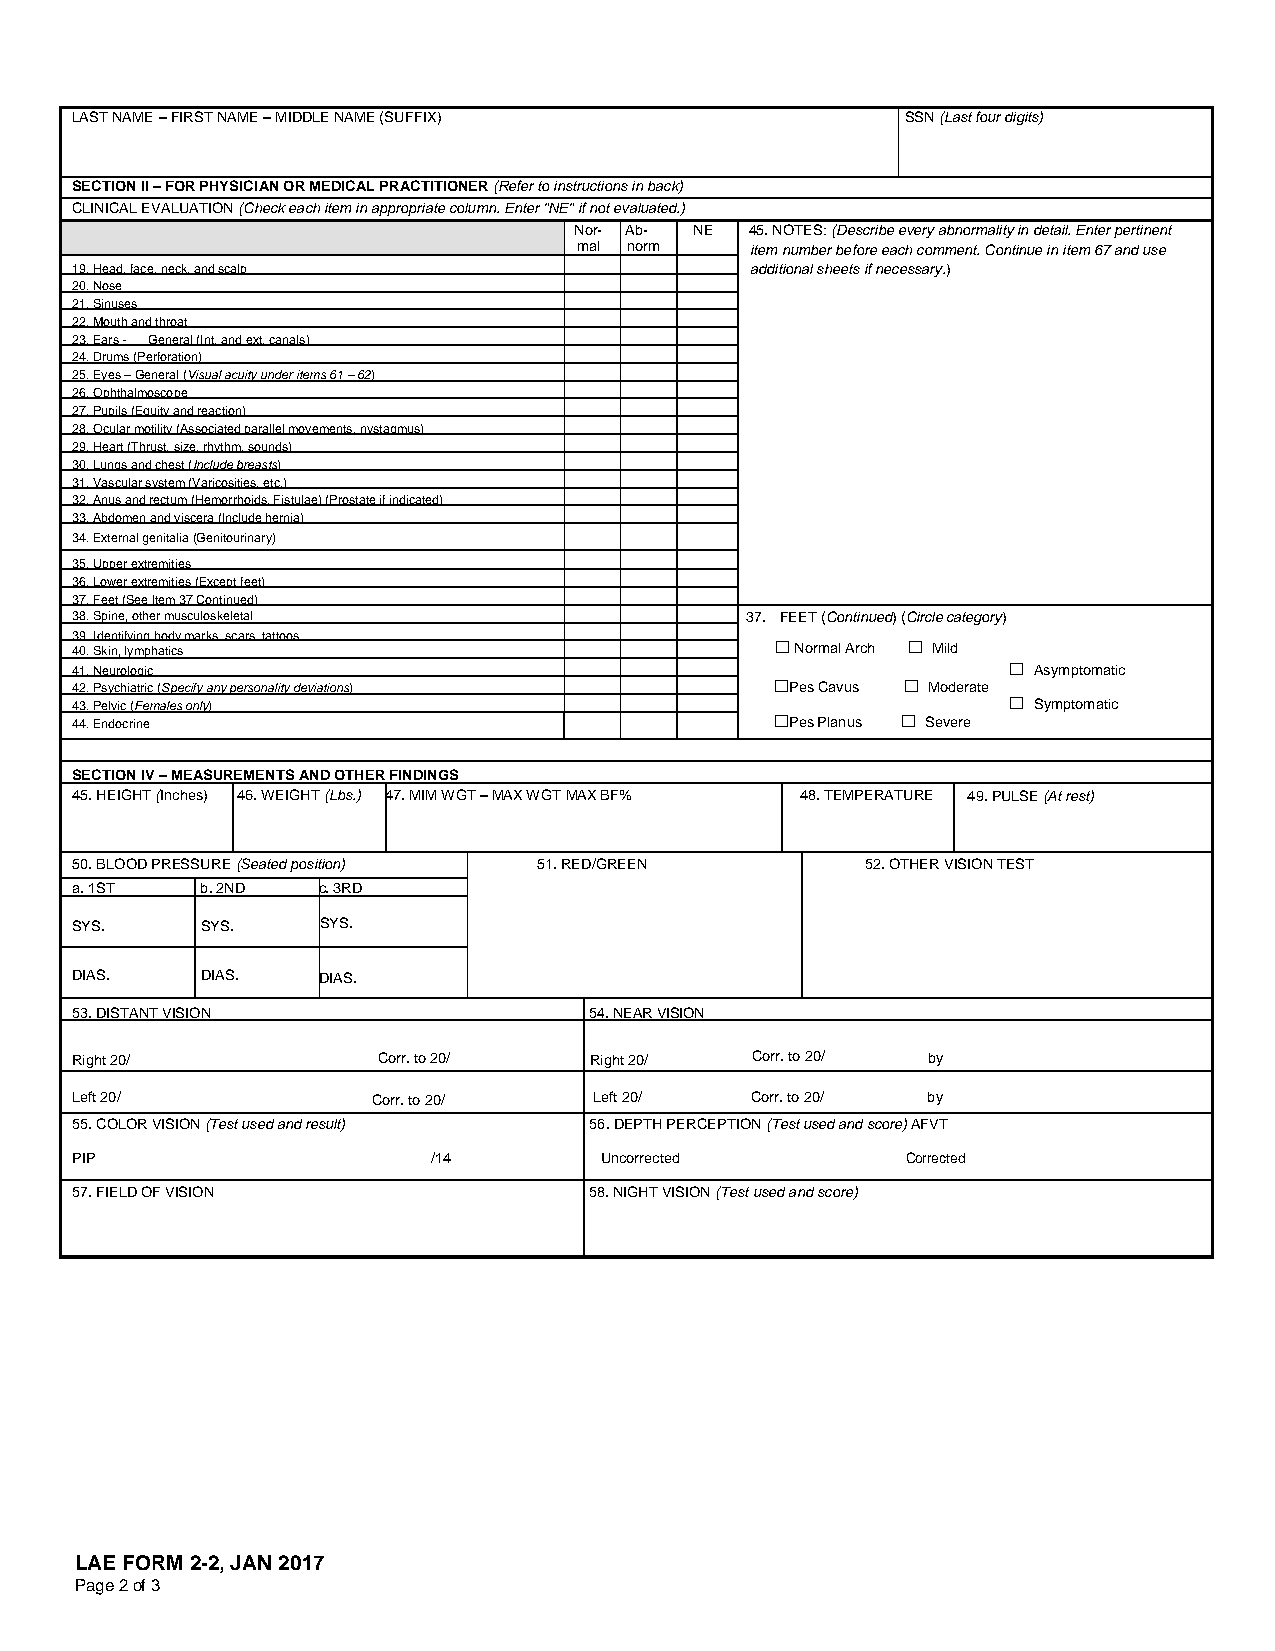
LAST NAME – FIRST NAME – MIDDLE NAME (SUFFIX)          SSN (Last four digits)
 SECTION II – FOR PHYSICIAN OR MEDICAL PRACTITIONER (Refer to instructions in back)
 CLINICAL EVALUATION (Check each item in appropriate column. Enter "NE" if not evaluated.)
 Nor- Ab- NE 45. NOTES: (Describe every abnormality in detail. Enter pertinent
 mal norm    item number before each comment. Continue in item 67 and use
 19. Head, face, neck, and scalp              additional sheets if necessary.)
 20. Nose
 21. Sinuses
 22. Mouth and throat
 23. Ears - General (Int. and ext. canals)
 24. Drums (Perforation)
 25. Eyes – General (Visual acuity under items 61 – 62)
 26.Ophthalmoscope
 27. Pupils (Equity and reaction)
 28. Ocular motility (Associated parallel movements, nystagmus)
 29. Heart (Thrust, size, rhythm, sounds)
 30. Lungs and chest (Include breasts)
 31. Vascular system (Varicosities, etc.)
 32.Anus and rectum (Hemorrhoids, Fistulae) (Prostate if indicated)
 33. Abdomen and viscera (Include hernia)
 34. External genitalia (Genitourinary)
 35. Upper extremities
 36. Lower extremities (Except feet)
 37. Feet (See Item 37 Continued)
 38. Spine, other musculoskeletal            37. FEET (Continued) (Circle category)
 39. Identifying body marks, scars, tattoos
 40. Skin, lymphatics                           Normal Arch  Mild
 41. Neurologic                                                 Asymptomatic
 42. Psychiatric (Specify any personality deviations) Pes Cavus  Moderate
 43.Pelvic (Females only)                                       Symptomatic
 44. Endocrine                                 Pes Planus  Severe
 SECTION IV – MEASUREMENTS AND OTHER FINDINGS
 45. HEIGHT (Inches) 46. WEIGHT (Lbs.) 47. MIM WGT – MAX WGT MAX BF% 48. TEMPERATURE 49. PULSE (At rest)
 50. BLOOD PRESSURE (Seated position) 51. RED/GREEN  52. OTHER VISION TEST
 a. 1ST  b. 2ND  c. 3RD
 SYS.    SYS.    SYS.
 DIAS.   DIAS.   DIAS.
 53. DISTANT VISION                54. NEAR VISION
 Right 20/           Corr. to 20/  Right 20/  Corr. to 20/ by
 Left 20/            Corr. to 20/  Left 20/   Corr. to 20/ by
 55. COLOR VISION (Test used and result) 56. DEPTH PERCEPTION (Test used and score) AFVT
 PIP                     /14        Uncorrected         Corrected
 57. FIELD OF VISION               58. NIGHT VISION (Test used and score)
 LAE FORM 2-2, JAN 2017
 Page 2 of 3